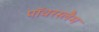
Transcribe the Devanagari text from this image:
पॉवरस्लैम